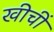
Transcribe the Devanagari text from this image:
खीचीं